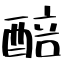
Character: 醅